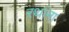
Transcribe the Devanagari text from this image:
रथांना